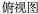
俯视图